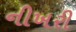
નીખરી